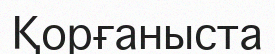
Қорғаныста